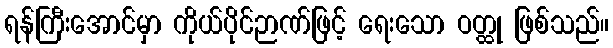
ရန်ကြီးအောင်မှာ ကိုယ်ပိုင်ဉာဏ်ဖြင့် ရေးသော ဝတ္ထု ဖြစ်သည်။